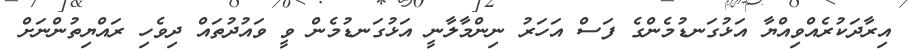
އިރާދަކުރެއްވިއްޔާ އަޅުގަނޑުމެންގެ ފަސް އަހަރު ނިންމާލާނީ އަޅުގަނޑުމެން ވީ ވައުދުތައް ދިވެހި ރައްޔިތުންނަށް